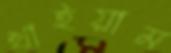
খাইয়াম